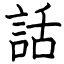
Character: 話